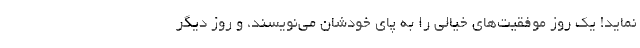
نماید! یک روز موفقیت‌های خیالی را به پای خودشان می‌نویسند، و روز دیگر